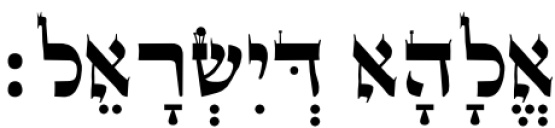
אֱלָהָא דְּיִשְׂרָאֵל׃